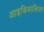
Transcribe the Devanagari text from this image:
आइडियालिज़्म